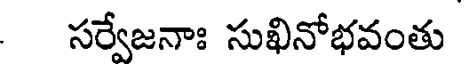
సర్వేజనాః సుఖినోభవంతు